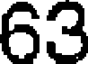
63